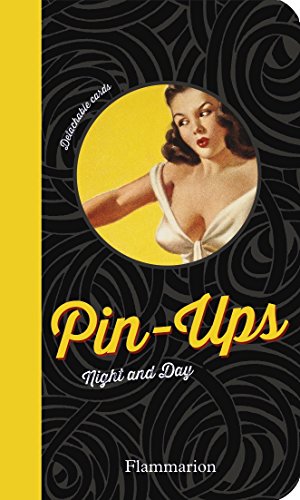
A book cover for Pin-Ups: Night and Day; Humor & Entertainment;